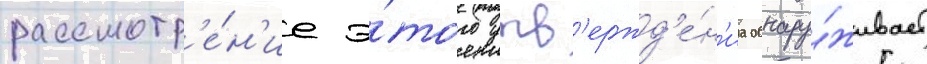
рассмотр'е́н'ие э́того утв'ержд'е́н'иа обнару́живает